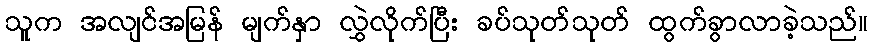
သူက အလျင်အမြန် မျက်နှာ လွှဲလိုက်ပြီး ခပ်သုတ်သုတ် ထွက်ခွာလာခဲ့သည်။